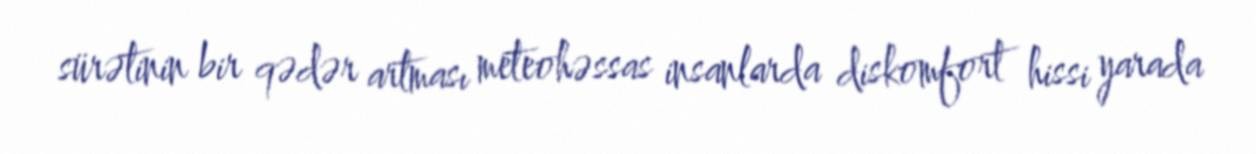
sürətinin bir qədər artması meteohəssas insanlarda diskomfort hissi yarada